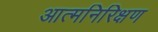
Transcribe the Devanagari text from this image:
आत्मनिरिक्षण